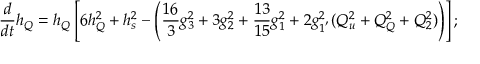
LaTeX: \frac { d } { d t } h _ { Q } = h _ { Q } \left[ 6 h _ { Q } ^ { 2 } + h _ { s } ^ { 2 } - \left( \frac { 1 6 } { 3 } g _ { 3 } ^ { 2 } + 3 g _ { 2 } ^ { 2 } + \frac { 1 3 } { 1 5 } g _ { 1 } ^ { 2 } + 2 g _ { 1 ^ { ' } } ^ { 2 } ( Q _ { u } ^ { 2 } + Q _ { Q } ^ { 2 } + Q _ { 2 } ^ { 2 } ) \right) \right] ;